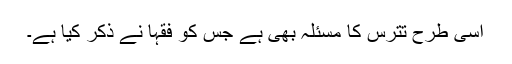
اسی طرح تَتَرُّسْ کا مسئلہ بھی ہے جس کو فقہا نے ذکر کیا ہے۔